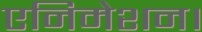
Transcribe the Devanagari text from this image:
एनिमेशन।